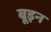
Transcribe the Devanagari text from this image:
बूइन